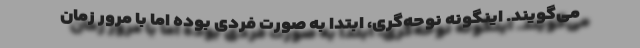
می‌گویند. اینگونه نوحه‌گری، ابتدا به صورت فردی بوده اما با مرور زمان